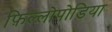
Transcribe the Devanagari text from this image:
फ़िल्लोपोडिया